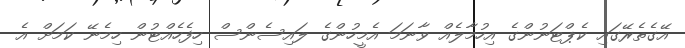
އޭގެތެރޭގައި ކެޕްޓަނުންގެ އިހުމާލެއް ވާނަމަ އެމީހުންގެ ލައިސެންސް ހިފެހެއްޓުން ހިމެނޭ ކަމަށް އެ